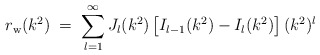
\begin{align*}r_{\rm w}(k^2)\;=\;\sum_{l=1}^\infty J_l(k^2)\left[I_{l-1}(k^2)-I_l(k^2)\right] (k^2)^l\end{align*}